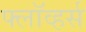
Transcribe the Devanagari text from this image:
फ्लॉव्हर्स